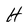
Character: H